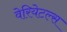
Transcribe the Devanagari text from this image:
वेरियेटल्स